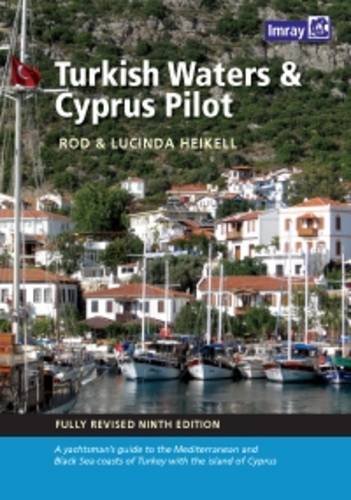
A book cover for Turkish Waters and Cyprus Pilot; Rod and Lucinda Heikell; Travel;